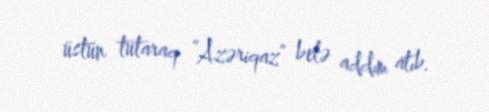
üstün tutaraq “Azəriqaz” belə addım atıb.